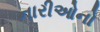
નારીઓનો